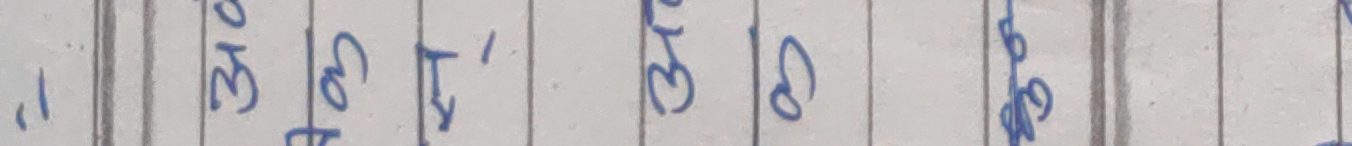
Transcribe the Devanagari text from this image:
१, ३० गति ५' ३१ गति ३२ गतिको